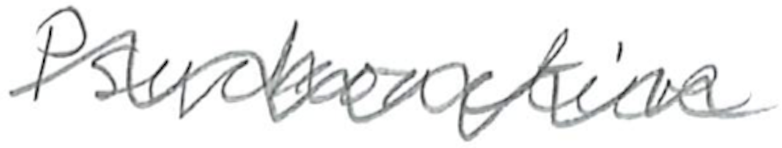
Text: Psychoactive
Cross-out: wave
Writing tool: pencil